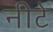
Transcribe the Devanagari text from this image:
नीटे